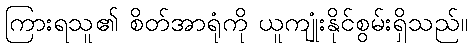
ကြားရသူ၏ စိတ်အာရုံကို ယူကျုံးနိုင်စွမ်းရှိသည်။